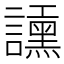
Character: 𧭲